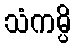
သံကမ္ပိ